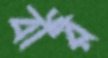
বীর